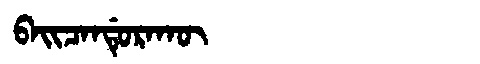
Manchu: ᠪᠠᡳᠴᠠᠨᡩᡠᡵᠠᡴᡡ
Romanization: BAICANDURAKŪ